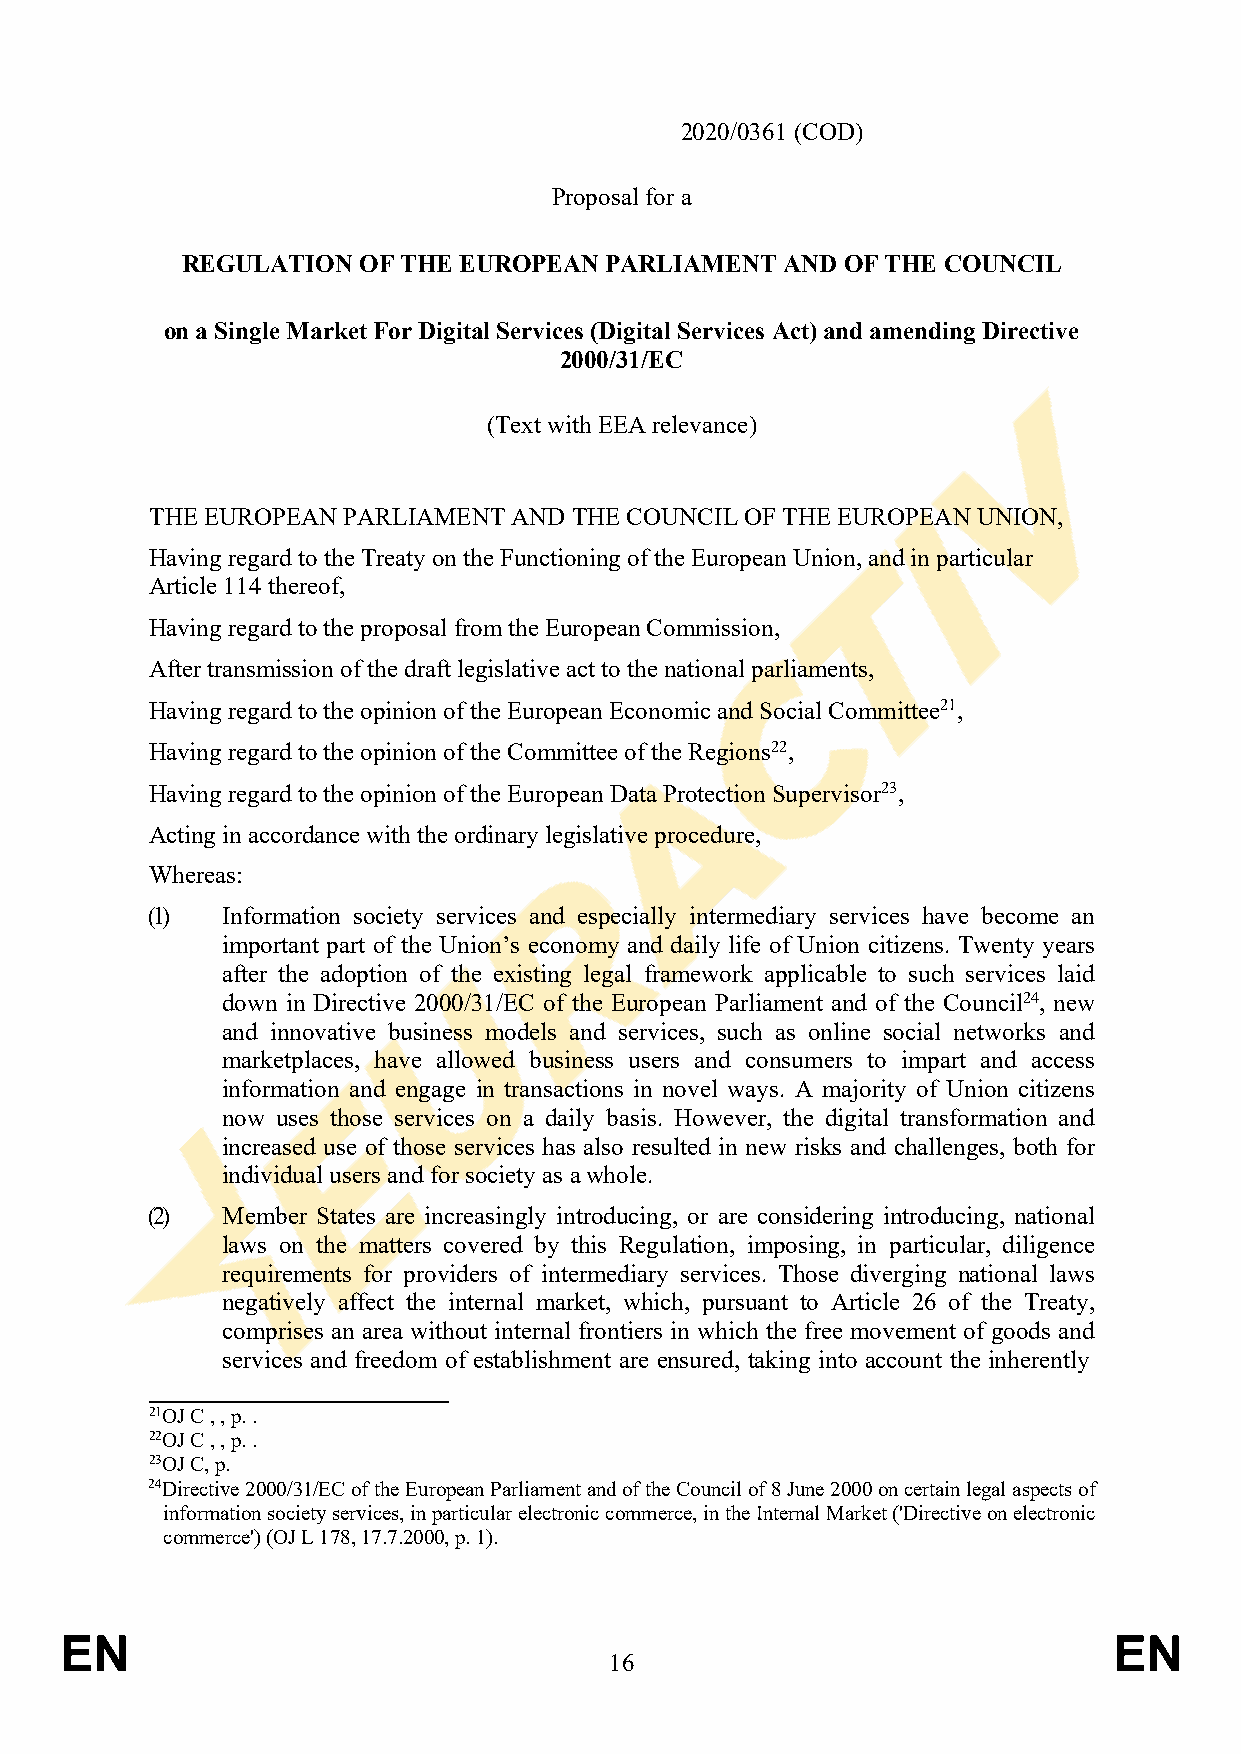
2020/0361 (COD)
 Proposal for a
 REGULATION  OF THE EUROPEAN PARLIAMENT  AND OF THE COUNCIL
 on a Single Market For Digital Services (Digital Services Act) and amending Directive
 2000/31/EC
 (Text with EEA relevance)
 THE EUROPEAN PARLIAMENT AND THE COUNCIL OF THE EUROPEAN UNION,
 Having regard to the Treaty on the Functioning of the European Union, and in particular
 Article 114 thereof,
 Having regard to the proposal from the European Commission,
 After transmission of the draft legislative act to the national parliaments,
 Having regard to the opinion of the European Economic and Social Committee21,
 Having regard to the opinion of the Committee of the Regions22,
 Having regard to the opinion of the European Data Protection Supervisor23,
 Acting in accordance with the ordinary legislative procedure,
 Whereas:
 (1)  Information society services and especially intermediary services have become an
 important part of the Union’s economy and daily life of Union citizens. Twenty years
 after the adoption of the existing legal framework applicable to such services laid
 down in Directive 2000/31/EC of the European Parliament and of the Council24, new
 and innovative business models and services, such as online social networks and
 marketplaces, have allowed business users and consumers to impart and access
 information and engage in transactions in novel ways. A majority of Union citizens
 now uses those services on a daily basis. However, the digital transformation and
 increased use of those services has also resulted in new risks and challenges, both for
 individual users and for society as a whole.
 (2)  Member States are increasingly introducing, or are considering introducing, national
 laws on the matters covered by this Regulation, imposing, in particular, diligence
 requirements for providers of intermediary services. Those diverging national laws
 negatively affect the internal market, which, pursuant to Article 26 of the Treaty,
 comprises an area without internal frontiers in which the free movement of goods and
 services and freedom of establishment are ensured, taking into account the inherently
 21OJ C , , p. .
 22OJ C , , p. .
 23OJ C, p.
 24Directive 2000/31/EC of the European Parliament and of the Council of 8 June 2000 on certain legal aspects of
 information society services, in particular electronic commerce, in the Internal Market ('Directive on electronic
 commerce') (OJ L 178, 17.7.2000, p. 1).
 EN                                                                    EN
 16